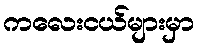
ကလေးငယ်များမှာ